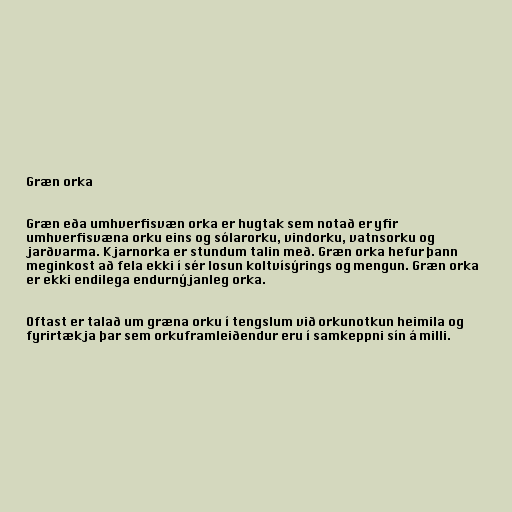
Græn orka

Græn eða umhverfisvæn orka er hugtak sem notað er yfir
umhverfisvæna orku eins og sólarorku, vindorku, vatnsorku og
jarðvarma. Kjarnorka er stundum talin með. Græn orka hefur þann
meginkost að fela ekki í sér losun koltvísýrings og mengun. Græn orka
er ekki endilega endurnýjanleg orka.

Oftast er talað um græna orku í tengslum við orkunotkun heimila og
fyrirtækja þar sem orkuframleiðendur eru í samkeppni sín á milli.